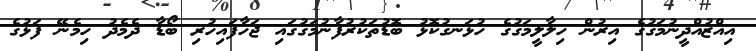
އިއްޒުއްދީނުމަގުގެ އިރުން ހިލާލީމަގުގެ ހުޅަނގުކޮޅު ބޮޑުތަކުރުފާނުމަގުގައި ޖަހާފައިހުރި ބޯޑާ ދެމެދު ހިމެނޭ ފަޅުގެ